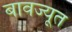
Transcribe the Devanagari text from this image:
बावज्यूत